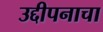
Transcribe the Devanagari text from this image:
उद्दीपनाचा